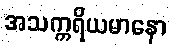
အသက္ကရိယမာနော